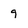
Character: 9